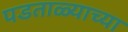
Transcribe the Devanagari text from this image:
पडताळ्याच्या